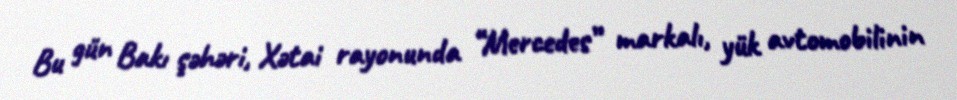
Bu gün Bakı şəhəri, Xətai rayonunda “Mercedes” markalı, yük avtomobilinin